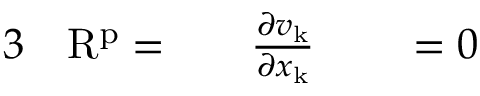
\begin{array} { r l r l r l } { { 3 } } & { { } \mathrm { R } ^ { \mathrm { p } } = } & { } & { { } \frac { \partial v _ { \mathrm { k } } } { \partial x _ { \mathrm { k } } } } & { } & { { } = 0 } \end{array}